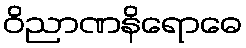
ဝိညာဏနိရောဓေ